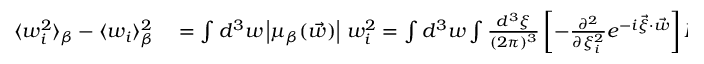
\begin{array} { r l r } { \langle w _ { i } ^ { 2 } \rangle _ { \beta } - \langle w _ { i } \rangle _ { \beta } ^ { 2 } } & { { } = \int d ^ { 3 } w \left| \mu _ { \beta } ( \vec { w } ) \right| \, w _ { i } ^ { 2 } = \int d ^ { 3 } w \int \frac { d ^ { 3 } \xi } { ( 2 \pi ) ^ { 3 } } \left[ - \frac { \partial ^ { 2 } } { \partial \xi _ { i } ^ { 2 } } e ^ { - i \vec { \xi } \cdot \vec { w } } \right] F _ { \beta } ( \vec { \xi } ) } & { = - \left. \frac { \partial ^ { 2 } F _ { \beta } ( \vec { \xi } ) } { \partial \xi _ { i } ^ { 2 } } \right| _ { \vec { \xi } = 0 } } \end{array}